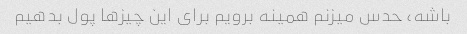
باشه، حدس میزنم همینه برویم برای این چیزها پول بدهیم